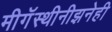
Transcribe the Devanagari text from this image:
मीगॅस्थीनीझनेही